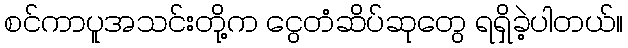
စင်ကာပူအသင်းတို့က ငွေတံဆိပ်ဆုတွေ ရရှိခဲ့ပါတယ်။